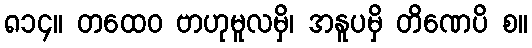
၈၁၄။ တထေဝ ဗာဟုမူလမှိ၊ အနူပမှိ တိဏေပိ စ။